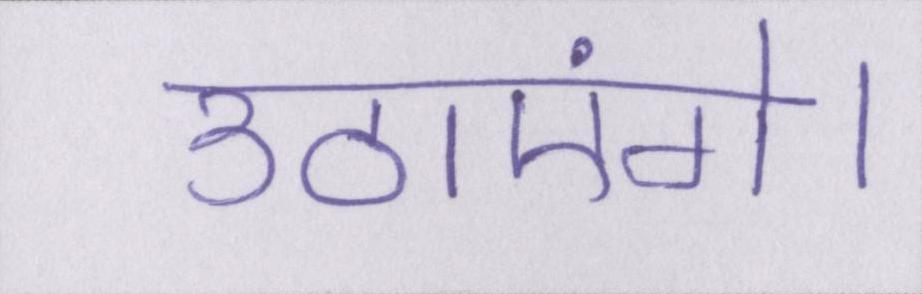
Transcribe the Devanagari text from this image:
उठाएंगे।